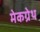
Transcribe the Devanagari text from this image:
मेकग्रेथ